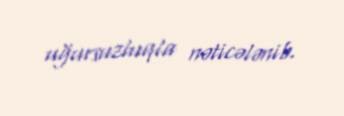
uğursuzluqla nəticələnib.